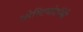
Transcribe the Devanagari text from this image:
ओस्टियोटॉमी